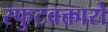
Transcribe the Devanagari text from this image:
स्फुटवक्तारो